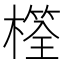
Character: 𣛩